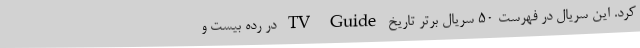
کرد. این سریال در فهرست ۵۰ سریال برتر تاریخ TV Guide در رده بیست و